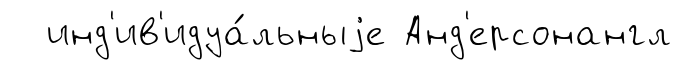
инд'ив'идуа́льныjе Анд'ерсонангл